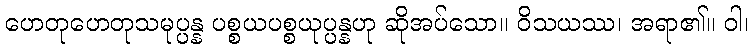
ဟေတုဟေတုသမုပ္ပန္န ပစ္စယပစ္စယုပ္ပန္နဟု ဆိုအပ်သော။ ဝိသယဿ၊ အရာ၏။ ဝါ၊